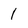
Character: 1